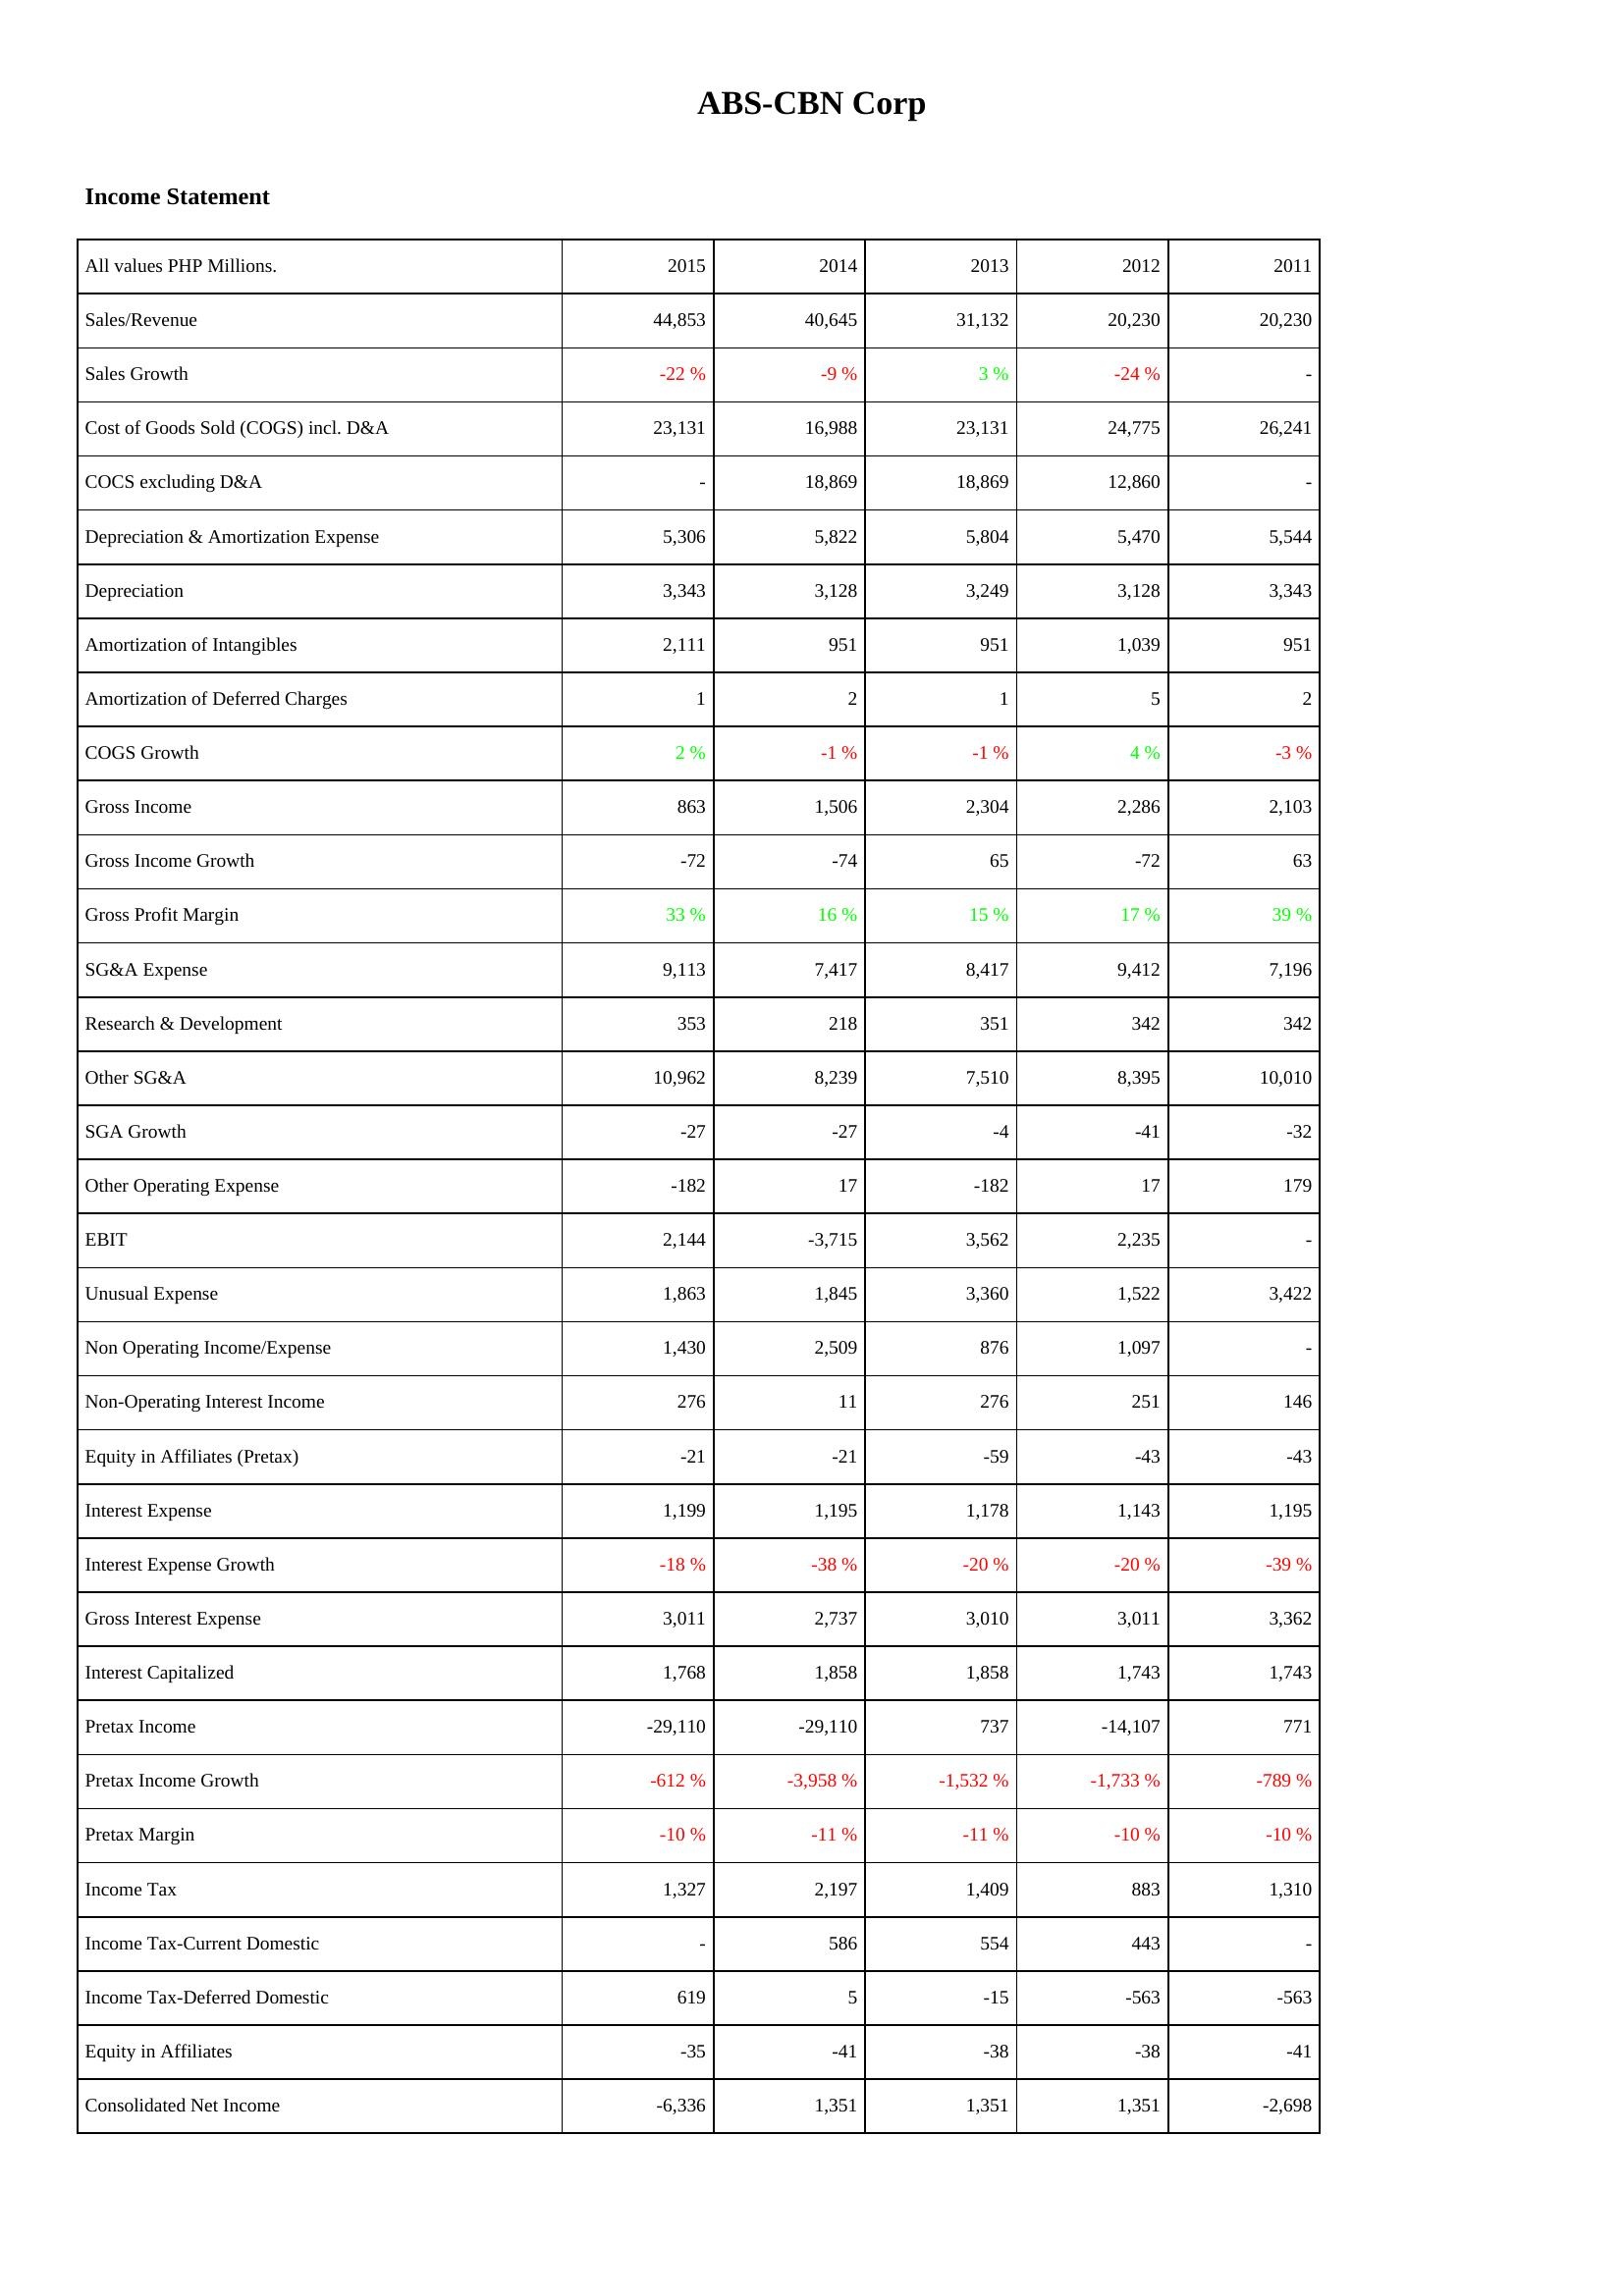
2015: Income Statement: Sales/Revenue: 44,853
Sales Growth: -22 %
Cost of Goods Sold (COGS) incl. D&A: 23,131
COCS excluding D&A: -
Depreciation & Amortization Expense: 5,306
Depreciation: 3,343
Amortization of Intangibles: 2,111
Amortization of Deferred Charges: 1
COGS Growth: 2 %
Gross Income: 863
Gross Income Growth: -72
Gross Profit Margin: 33 %
SG&A Expense: 9,113
Research & Development: 353
Other SG&A: 10,962
SGA Growth: -27
Other Operating Expense: -182
EBIT: 2,144
Unusual Expense: 1,863
Non Operating Income/Expense: 1,430
Non-Operating Interest Income: 276
Equity in Affiliates (Pretax): -21
Interest Expense: 1,199
Interest Expense Growth: -18 %
Gross Interest Expense: 3,011
Interest Capitalized: 1,768
Pretax Income: -29,110
Pretax Income Growth: -612 %
Pretax Margin: -10 %
Income Tax: 1,327
Income Tax-Current Domestic: -
Income Tax-Deferred Domestic: 619
Equity in Affiliates: -35
Consolidated Net Income: -6,336
2014: Income Statement: Sales/Revenue: 40,645
Sales Growth: -9 %
Cost of Goods Sold (COGS) incl. D&A: 16,988
COCS excluding D&A: 18,869
Depreciation & Amortization Expense: 5,822
Depreciation: 3,128
Amortization of Intangibles: 951
Amortization of Deferred Charges: 2
COGS Growth: -1 %
Gross Income: 1,506
Gross Income Growth: -74
Gross Profit Margin: 16 %
SG&A Expense: 7,417
Research & Development: 218
Other SG&A: 8,239
SGA Growth: -27
Other Operating Expense: 17
EBIT: -3,715
Unusual Expense: 1,845
Non Operating Income/Expense: 2,509
Non-Operating Interest Income: 11
Equity in Affiliates (Pretax): -21
Interest Expense: 1,195
Interest Expense Growth: -38 %
Gross Interest Expense: 2,737
Interest Capitalized: 1,858
Pretax Income: -29,110
Pretax Income Growth: -3,958 %
Pretax Margin: -11 %
Income Tax: 2,197
Income Tax-Current Domestic: 586
Income Tax-Deferred Domestic: 5
Equity in Affiliates: -41
Consolidated Net Income: 1,351
2013: Income Statement: Sales/Revenue: 31,132
Sales Growth: 3 %
Cost of Goods Sold (COGS) incl. D&A: 23,131
COCS excluding D&A: 18,869
Depreciation & Amortization Expense: 5,804
Depreciation: 3,249
Amortization of Intangibles: 951
Amortization of Deferred Charges: 1
COGS Growth: -1 %
Gross Income: 2,304
Gross Income Growth: 65
Gross Profit Margin: 15 %
SG&A Expense: 8,417
Research & Development: 351
Other SG&A: 7,510
SGA Growth: -4
Other Operating Expense: -182
EBIT: 3,562
Unusual Expense: 3,360
Non Operating Income/Expense: 876
Non-Operating Interest Income: 276
Equity in Affiliates (Pretax): -59
Interest Expense: 1,178
Interest Expense Growth: -20 %
Gross Interest Expense: 3,010
Interest Capitalized: 1,858
Pretax Income: 737
Pretax Income Growth: -1,532 %
Pretax Margin: -11 %
Income Tax: 1,409
Income Tax-Current Domestic: 554
Income Tax-Deferred Domestic: -15
Equity in Affiliates: -38
Consolidated Net Income: 1,351
2012: Income Statement: Sales/Revenue: 20,230
Sales Growth: -24 %
Cost of Goods Sold (COGS) incl. D&A: 24,775
COCS excluding D&A: 12,860
Depreciation & Amortization Expense: 5,470
Depreciation: 3,128
Amortization of Intangibles: 1,039
Amortization of Deferred Charges: 5
COGS Growth: 4 %
Gross Income: 2,286
Gross Income Growth: -72
Gross Profit Margin: 17 %
SG&A Expense: 9,412
Research & Development: 342
Other SG&A: 8,395
SGA Growth: -41
Other Operating Expense: 17
EBIT: 2,235
Unusual Expense: 1,522
Non Operating Income/Expense: 1,097
Non-Operating Interest Income: 251
Equity in Affiliates (Pretax): -43
Interest Expense: 1,143
Interest Expense Growth: -20 %
Gross Interest Expense: 3,011
Interest Capitalized: 1,743
Pretax Income: -14,107
Pretax Income Growth: -1,733 %
Pretax Margin: -10 %
Income Tax: 883
Income Tax-Current Domestic: 443
Income Tax-Deferred Domestic: -563
Equity in Affiliates: -38
Consolidated Net Income: 1,351
2011: Income Statement: Sales/Revenue: 20,230
Sales Growth: -
Cost of Goods Sold (COGS) incl. D&A: 26,241
COCS excluding D&A: -
Depreciation & Amortization Expense: 5,544
Depreciation: 3,343
Amortization of Intangibles: 951
Amortization of Deferred Charges: 2
COGS Growth: -3 %
Gross Income: 2,103
Gross Income Growth: 63
Gross Profit Margin: 39 %
SG&A Expense: 7,196
Research & Development: 342
Other SG&A: 10,010
SGA Growth: -32
Other Operating Expense: 179
EBIT: -
Unusual Expense: 3,422
Non Operating Income/Expense: -
Non-Operating Interest Income: 146
Equity in Affiliates (Pretax): -43
Interest Expense: 1,195
Interest Expense Growth: -39 %
Gross Interest Expense: 3,362
Interest Capitalized: 1,743
Pretax Income: 771
Pretax Income Growth: -789 %
Pretax Margin: -10 %
Income Tax: 1,310
Income Tax-Current Domestic: -
Income Tax-Deferred Domestic: -563
Equity in Affiliates: -41
Consolidated Net Income: -2,698